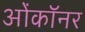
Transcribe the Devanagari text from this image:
ओंकॉनर